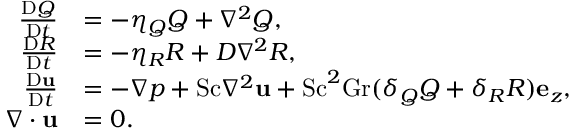
\begin{array} { r l } { \frac { \mathrm { D } Q } { \mathrm { D } t } } & { = - \eta _ { Q } Q + \nabla ^ { 2 } Q , } \\ { \frac { \mathrm { D } R } { \mathrm { D } t } } & { = - \eta _ { R } R + D \nabla ^ { 2 } R , } \\ { \frac { \mathrm { D } \mathbf { u } } { \mathrm { D } t } } & { = - \nabla p + \mathrm { S c } \nabla ^ { 2 } \mathbf { u } + \mathrm { S c } ^ { 2 } \mathrm { G r } ( \delta _ { Q } Q + \delta _ { R } R ) \mathbf { e } _ { z } , } \\ { \nabla \cdot \mathbf { u } } & { = 0 . } \end{array}